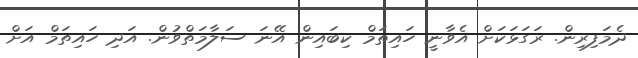
ދެމަފިރިން. ރަގަޅަކަށް އެވާނީ ހައިތަމް ކިބައިން އޭނަ ސަލާމަތްވުން. އަދި ހައިތަމް އަށް